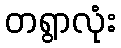
တရွာလုံး